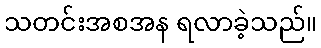
သတင်းအစအန ရလာခဲ့သည်။